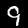
Digit: 9